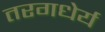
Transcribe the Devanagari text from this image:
तरगधेर्य